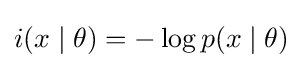
i(x\mid \theta )=-\log {}p(x\mid \theta )